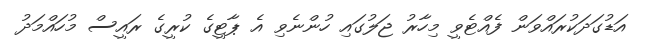
އަޑުގަދަކުރައްވަން ފެއްޓެވީ މިހާރު ޖަލުގައި ހުންނެވި އެ ޕާޓީގެ ކުރީގެ ރައީސް މުހައްމަދު